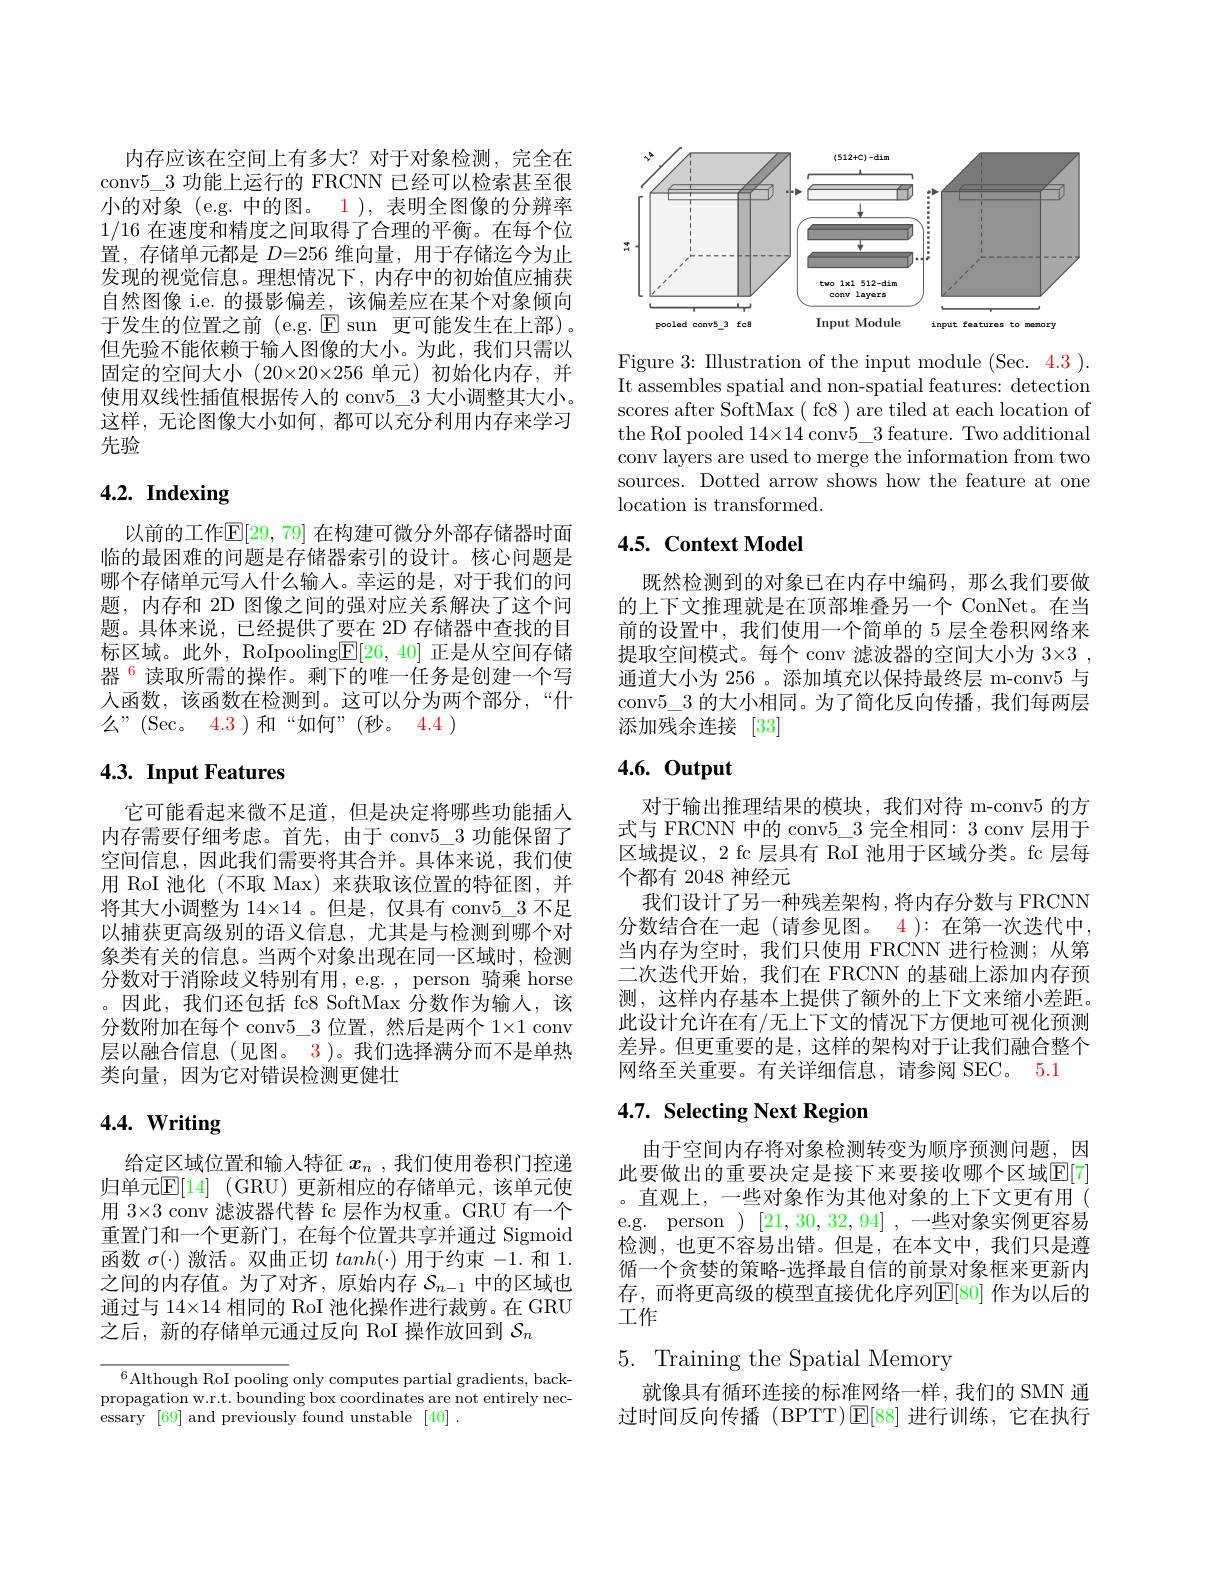
内存应该在空间上有多大？对于对象检测，完全在conv$5\_3$功能上运行的 FRCNN 已经可以检索甚至很小的对象 (e.g. 中的图。1 ), 表明全图像的分辨率1/16在速度和精度之间取得了合理的平衡。在每个位置，存储单元都是$D=256$维向量，用于存储迄今为止发现的视觉信息。理想情况下，内存中的初始值应捕获自然图像 i.e. 的摄影偏差，该偏差应在某个对象倾向于发生的位置之前 (e.g. $\mathbb{E}$ sun 更可能发生在上部)。但先验不能依赖于输入图像的大小。为此，我们只需以固定的空间大小(20$\times20\times256 单元)初始化内存，并$ 使用双线性插值根据传入的 conv5\_3 大小调整其大小。这样，无论图像大小如何，都可以充分利用内存来学习先验

# $4. 2. \textbf{ Indexing}$

以前的工作$\mathbb{E}[29,79]$ 在构建可微分外部存储器时面临的最困难的问题是存储器索引的设计。核心问题是哪个存储单元写人什么输入。幸运的是，对于我们的问题，内存和 2D 图像之间的强对应关系解决了这个问题。具体来说，已经提供了要在 2D 存储器中查找的目标区域。此外，RoIpooling$\mathbb{E}[26,40]$正是从空间存储器$^{6}$读取所需的操作。剩下的唯一任务是创建一个写人函数，该函数在检测到。这可以分为两个部分，“什么”(Sec。4.3)和“如何”(秒。4.4)

## 4.3. Input Features

它可能看起来微不足道，但是决定将哪些功能插人内存需要仔细考虑。首先，由于 conv$5\_3$功能保留了空间信息，因此我们需要将其合并。具体来说，我们使用 RoI 池化(不取 Max) 来获取该位置的特征图，并将其大小调整为 14×14 。但是，仅具有 conv5\_3 不足以捕获更高级别的语义信息，尤其是与检测到哪个对象类有关的信息。当两个对象出现在同一区域时，检测分数对于消除歧义特别有用，e.g.,person 骑乘 horse 。因此，我们还包括 fc8 SoftMax 分数作为输人，该分数附加在每个 conv$5\_3$位置，然后是两个 1×1 conv 层以融合信息(见图。3)。我们选择满分而不是单热类向量，因为它对错误检测更健壮

# 4.4. Writing

给定区域位置和输入特征$x_n$ ,我们使用卷积门控递归单元$\mathbb{E} [ 14]$ (GRU)更新相应的存储单元，该单元使用 3×3 conv 滤波器代替 fc 层作为权重。GRU 有一个重置门和一个更新门，在每个位置共享并通过 Sigmoid 函数$\sigma(\cdot)$激活。双曲正切$tanh(\cdot)$用于约束 -1.和 1. 之间的内存值。为了对齐，原始内存$\mathcal{S}_n-1$中的区域也通过与 14×14 相同的 RoI 池化操作进行裁剪。在 GRU 之后，新的存储单元通过反向 RoI 操作放回到$\mathcal{S}_n$

$^{6}$Although RoI pooling only computes partial gradients, backpropagation w.r.t. bounding box coordinates are not entirely necessary [69] and previously found unstable [40] .

<FigureHere>

Figure 3: IIlustration of the input module (Sec. 4.3 ). It assembles spatial and non-spatial features: detection scores after SoftMax ( fc8 ) are tiled at each location of the RoI pooled 14×14 conv$5\_3$ feature. Two additional conv layers are used to merge the information from two sources. Dotted arrow shows how the feature at one location is transformed.

## 4.5. Context Model

既然检测到的对象已在内存中编码，那么我们要做的上下文推理就是在顶部堆叠另一个 ConNet。在当前的设置中，我们使用一个简单的 5 层全卷积网络来提取空间模式。每个 conv 滤波器的空间大小为 3×3 , 通道大小为 256 。添加填充以保持最终层 m-conv5 与conv$5\_3$的大小相同。为了简化反向传播，我们每两层添加残余连接[33]

# 4.6. Output

对于输出推理结果的模块，我们对待 m-conv5 的方式与 FRCNN 中的 conv$5\_3$完全相同：3 conv 层用于区域提议，2 fc 层具有 RoI 池用于区域分类。fc 层每个都有 2048 神经元
我们设计了另一种残差架构，将内存分数与 FRCNN 分数结合在一起 (请参见图。4 ): 在第一次迭代中， 当内存为空时，我们只使用 FRCNN 进行检测；从第二次迭代开始，我们在 FRCNN 的基础上添加内存预测，这样内存基本上提供了额外的上下文来缩小差距。此设计允许在有/无上下文的情况下方便地可视化预测差异。但更重要的是，这样的架构对于让我们融合整个网络至关重要。有关详细信息，请参阅 SEC。5.1

# 4.7. Selecting Next Region

由于空间内存将对象检测转变为顺序预测问题，因此要做出的重要决定是接下来要接收哪个区域$\mathbb{E}[7]$ 。直观上，一些对象作为其他对象的上下文更有用( e.g. person )[21,30,32,94] ,一些对象实例更容易检测，也更不容易出错。但是，在本文中，我们只是遵循一个贪婪的策略-选择最自信的前景对象框来更新内存，而将更高级的模型直接优化序列$\mathbb{E}[80]$ 作为以后的工作

# 5. Training the Spatial Memory

就像具有循环连接的标准网络一样，我们的 SMN 通过时间反向传播 (BPTT)$\operatorname{E}[88]$进行训练，它在执行